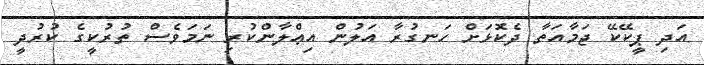
އަދި ޕީކޭކޭ ޖަމާއަތާ ދެކޮޅަށް ހަނގުރާ އަލުން އިޢްލާންކުރި ނަމަވެސް ތުރުކީގެ ކުރުދީ